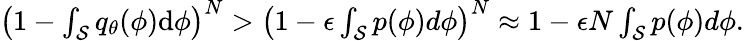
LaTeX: \begin{array}{r}{\left(1-\int_{\mathcal{S}}q_{\theta}(\phi)\textrm{d}\phi\right)^{N}>\left(1-\epsilon\int_{\mathcal{S}}p(\phi)d\phi\right)^{N}\approx 1-\epsilon N\int_{\mathcal{S}}p(\phi)d\phi.}\end{array}